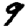
Digit: 9